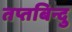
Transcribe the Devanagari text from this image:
तप्तबिन्दु